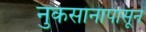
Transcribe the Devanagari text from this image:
नुकसानापासून